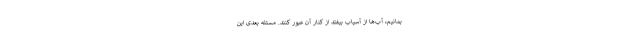
بمانیم، آب‌ها از آسیاب بیفتد از کنار آن عبور کنند. مسئله بعدی این